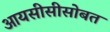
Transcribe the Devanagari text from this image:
आयसीसीसोबत